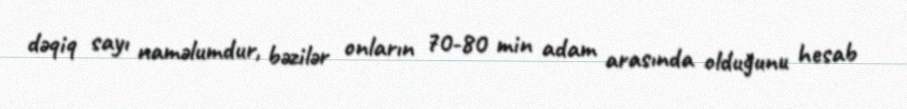
dəqiq sayı naməlumdur, bəzilər onların 70-80 min adam arasında olduğunu hesab